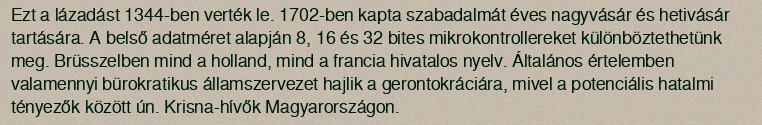
Ezt a lázadást 1344-ben verték le. 1702-ben kapta szabadalmát éves nagyvásár és hetivásár tartására. A belső adatméret alapján 8, 16 és 32 bites mikrokontrollereket különböztethetünk meg. Brüsszelben mind a holland, mind a francia hivatalos nyelv. Általános értelemben valamennyi bürokratikus államszervezet hajlik a gerontokráciára, mivel a potenciális hatalmi tényezők között ún. Krisna-hívők Magyarországon.